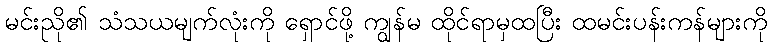
မင်းညို၏ သံသယမျက်လုံးကို ရှောင်ဖို့ ကျွန်မ ထိုင်ရာမှထပြီး ထမင်းပန်းကန်များကို